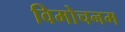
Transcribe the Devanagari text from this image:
विमोचनम